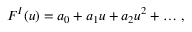
F ^ { I } ( u ) = a _ { 0 } + a _ { 1 } u + a _ { 2 } u ^ { 2 } + \dots \, ,